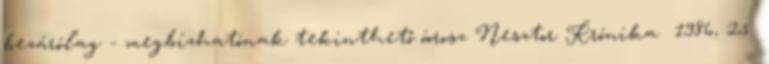
bezárólag - megbízhatónak tekinthető óorosz Nesztor Krónika 1986, 25